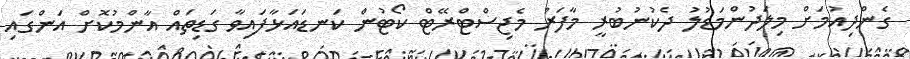
ގެންދިއުމަށް މިލަދުންމަޑުލު ދެކުނުބުރީ މާފަރު މެޖިސްޓްރޭޓް ކޯޓުން ކަނޑައަޅާފައިވާ ގަޑިތައް އާންމުކޮށް އަންގައި